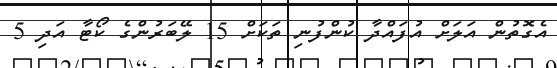
އެގޮތުން އަލަށް އުފައްދާ ކުންފުނި ތަކަށް 15 ލޭބަރުންގެ ކޯޓާ އަދި 5